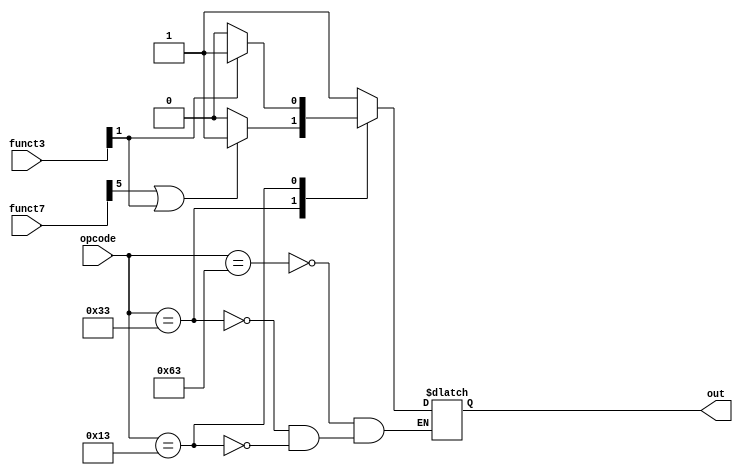
module subtraction_logic (
  input [6:0] opcode,
  input [2:0] funct3,
  input [6:0] funct7,
  output reg out
);

always @ (opcode or funct3 or funct7) begin
  case (opcode)
    7'b1100011: out = 1'b1;
    7'b0110011: begin
      if (funct7[5] == 1 | funct3[1] == 1) 
      out <= 1;
      else
      out <= 0;
    end
    7'b0010011: begin
      if (funct3[1] == 1)
      out <= 1;
      else
      out <= 0;
  end
endcase
end
endmodule